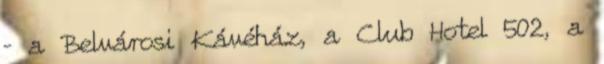
– a Belvárosi Kávéház, a Club Hotel 502, a